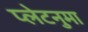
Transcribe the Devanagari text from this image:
प्‍लेटनुमा